Annual statistical returns and brief notes on vaccination in Bengal - 1887-1898
Year: 1887
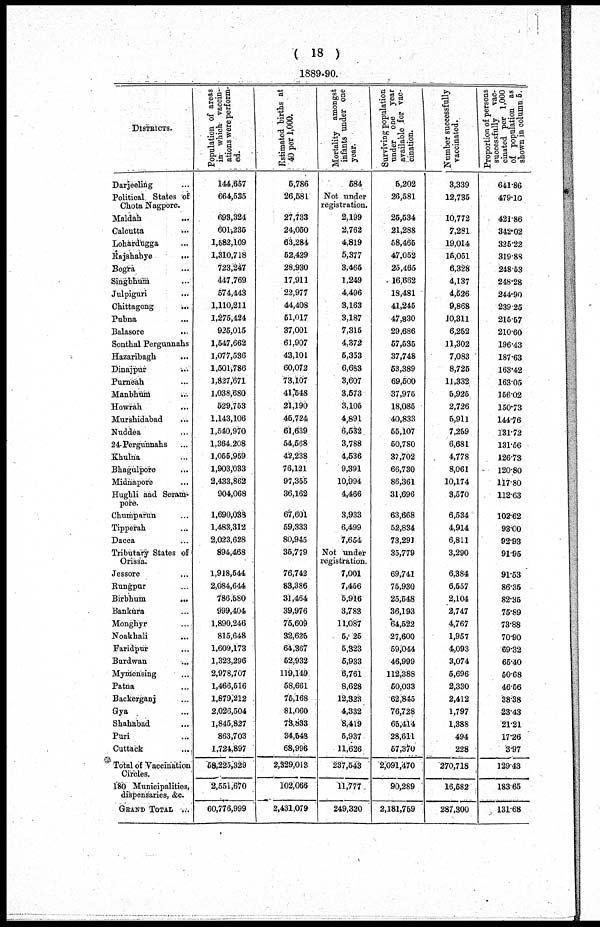
( 18 )
1889-90.
DISTRICTS.
Darjeeling ...
Political States of
Chota Nagpore.
Maldah ...
Calcutta ...
Lohardugga ...
Rajshahye
...
Bogra ...
Singbhum ...
Julpiguri
...
Chittagong
...
Pubna ...
Balasore
...
Sonthal Pergunnahs
Hazaribagh ...
Dinajpur ...
Purneah ...
Manbhum ...
Howrah ...
Murshidabad ...
Nuddea ...
24- Pergunnahs ...
Khulna ...
Bhagulpore ...
Midnapore ...
Hugbli and Seram-
pore.
Chumparun ...
Tipperah ...
Dacca ...
Tributary States of
Orissa.
Jessore ...
Rungpur ...
Birbhum
...
Bankura ...
Monghyr ...
Noakhali
...
Faridpur ...
Burdwan ...
Mymensing ...
Patna ...
Backerganj ...
Gya ...
Shababad ...
Puri ...
Cuttack ...
Total of Vaccination
Circles.
180 Municipalities,
dispensaries, &c.
GRAND TOTAL ...
Population of areas
in which vaccin-
ations were perform-
ed.
144,657
664,535
693,324
601,235
1,582,109
1,310,718
723,247
447,769
574,443
1,110,211
1,275,424
925,015
1,547,662
1,077,536
1,501,786
1,827,671
1,038,680
529,753
1,143,106
1,540,970
1,364,208
1,055,959
1,903,033
2,433,862
904,068
1,690,038
1,483,312
2,023,628
894,468
1,918,544
2,084,644
786,580
999,404
1,890,246
815,648
1,609,173
1,323,296
2,978,707
1,466,516
1,879,212
2,026,504
1,845,827
863,703
1,724,897
68,225,329
2,551,670
60,776,999
Estimated births at
40 per 1,000.
5,786
26,581
27,733
24,050
63,284
52,429
28,930
17,911
22,977
44,408
51,017
37,001
61,907
43,101
60,072
73,107
41,548
21,190
46,724
61,639
54,568
42,238
76,121
97,355
36,162
67,601
59,333
80,945
35,779
76,742
83,386
31,464
39,976
75,609
32,625
64,367
52,932
119,149
58,661
76,168
81,060
73,833
34,548
68,996
2,329,013
102,066
2,431,079
Mortality amongst
infants under one
year.
584
Not under
registration.
2,199
2,762
4,819
5,377
3,465
1,249
4,496
3,163
3,187
7,315
4,372
5,353
6,683
3,607
3,573
3,105
4,891
6,532
3,788
4,536
9,391
10,994
4,466
3,933
6,499
7,654
Not under
registration.
7,001
7,456
5,916
3,783
11,087
5, 25
5,323
5,933
6,761
8,628
12,323
4,332
8,419
6,937
11,626
237,643
11,777
249,320
Surviving population
under one year
available for vac-
cination.
5,202
26,581
25,634
21,288
58,465
47,052
25,465
16,662
18,481
41,245
47,830
29,686
57,535
37,748
53,389
69,500
37,975
18,085
40,833
55,107
50,780
37,702
66,730
86,361
31,696
63,668
52,834
73,291
35,779
69,741
76,930
25,548
36,193
64,522
27,600
59,044
46,999
112,388
50,033
62,845
76,728
65,414
28,611
67,370
2,091,470
90,289
2,181,759
Number successfully
vaccinated.
3,339
12,735
10,772
7,281
19,014
15,051
6,328
4,137
4,526
9,868
10,311
6,252
11,302
7,083
8,725
11,332
5,925
2,726
5,911
7,259
6,681
4,778
8,061
10,174
3,570
6,534
4,914
6,811
3,290
6,384
6,557
2,104
2,747
4,767
1,957
4,093
3,074
5,696
2,330
2,412
1,797
1,388
494
228
270,718
16,582
287,300
Proportion of persons
successfully vac-
cinated per 1,000
of population as
shown in column 5.
641.86
479.10
421.86
342.02
325.22
319.88
248.53
248.28
244.90
239.25
215.57
210.60
196.43
187.63
163.42
163.05
156.02
150.73
144.76
131.72
131.56
126.73
120.80
117.80
112.63
102.62
93.00
92.93
91.95
91.53
86.35
82.35
75.89
73.88
70.90
69.32
65.40
50.68
46.56
38.38
23.43
21.21
17.26
3.97
129.43
183.65
131.68